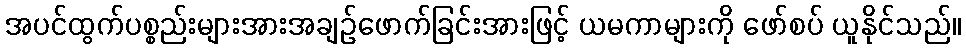
အပင်ထွက်ပစ္စည်းများအားအချဉ်ဖောက်ခြင်းအားဖြင့် ယမကာများကို ဖော်စပ် ယူနိုင်သည်။